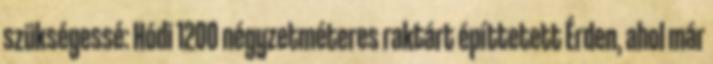
szükségessé: Hódi 1200 négyzetméteres raktárt építtetett Érden, ahol már